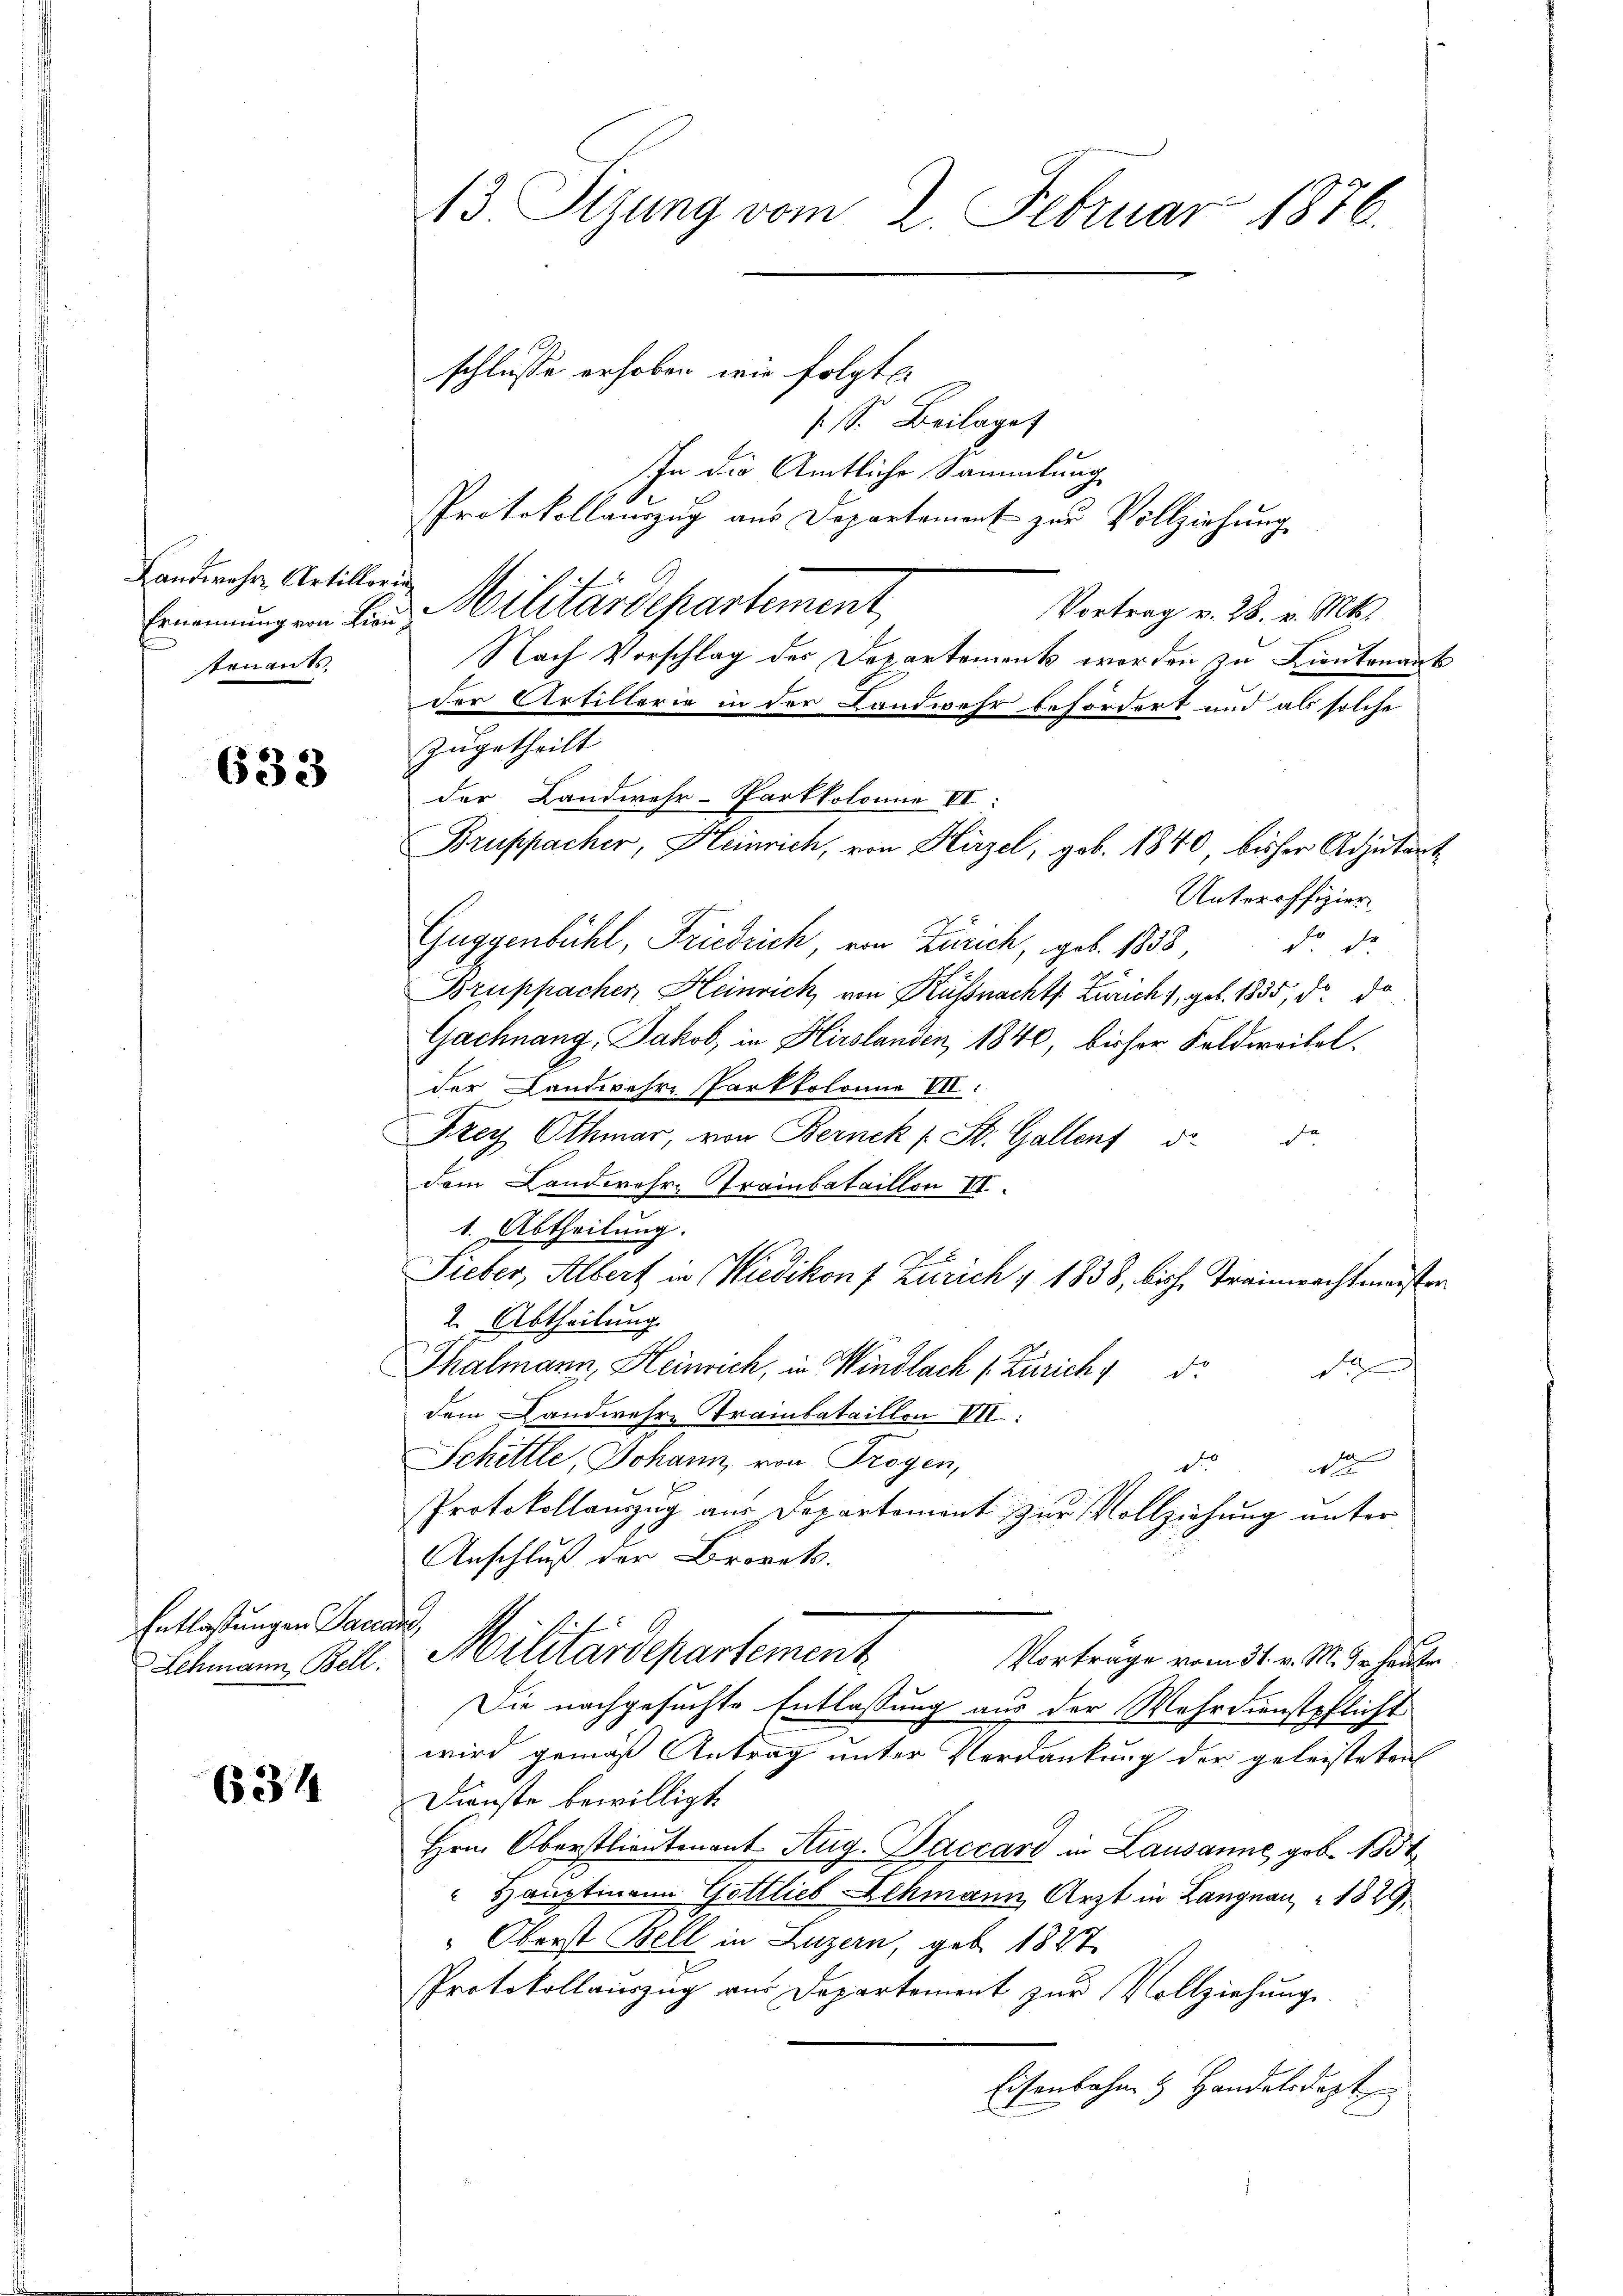
Landwehr, Artilloria
tonants,

633

Entlastungen Gaudi

634

13. Sizung vom 2. Februar 1876.

schlusse erhoben wir folgte.
s. S. Beilage
In die Amtliche Sammlung
Protokollauszug aus Departement zur Vollziehung
Ernennung ein Lien Militärdepartement
Vortrag v. 28. v. Mts.
Nach Vorschlag der Departement worden zu Lieutnant
der Artillerie in der Landwehr befördert und als solche
zugetheilt
Unteroffizier
Guggenbühl, Friedrich, von Zürich, geb. 1833,
do die
Bruppacher Heinrich, von Küssnachts. Zürich 1, geb. 1835, d. do
Gachnang, Jakob, in Hirslanden, 1840, bisher Feldwoitel.
der Landwehre Parkkolonia VII:
Krey Othmar, von Bernek (St. Gallent d
e
dem Landwehre Trainbataillon II.
1. Abtheilung.
Sieber, Albert in Wiedikon f Zürich 1 1838, bische Treinwachtmeister
2. Abtheilung.
Thalmann, Heinrich, in Windlach (Zürich, de
d
dem Landwehre Trambataillon III:
Schille, Johann, von Trogen,
we
d
Protokollauszug aus Departement zur Vollziehung unter
Anschluß der Brovet.
Schmann, Bell. Militärdepartement
Vorträge vom 31. v. M. dr. heuten
Die nachgesuchte Entlassung aus der Wehrdienstpflicht
wird gemäß Antrag unter Verdankung der geleisteten
Dienste bewilligt.
Hrn. Oberstlieutenant Aug. Paccard in Lausanne geb. 1831
" Hauptmann Gottlieb Lehmann Arzt in Langnau 1829,
" Oberst Bell in Luzern, geb. 1827
Protokollauszug aus Departement zur Vollziehung
Eisenbahn & Handelsdept

der Landwehr-Parkkolonia VI:

Bruppacher, Heinrich, von Hirzel, geb. 1840 bisher Adjutant